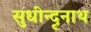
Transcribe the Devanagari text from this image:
सुधीन्दृनाथ